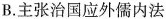
B. 主张治国应外儒内法